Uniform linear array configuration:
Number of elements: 8
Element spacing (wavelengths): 0.25
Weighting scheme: kaiser
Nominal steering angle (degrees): -60
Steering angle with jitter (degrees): -58.601
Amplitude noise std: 0.05
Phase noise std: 0.05

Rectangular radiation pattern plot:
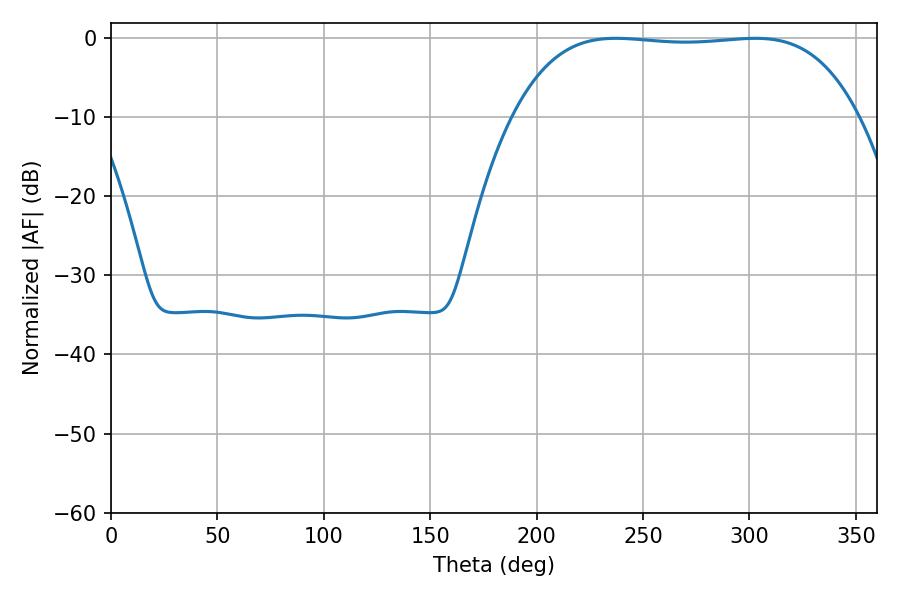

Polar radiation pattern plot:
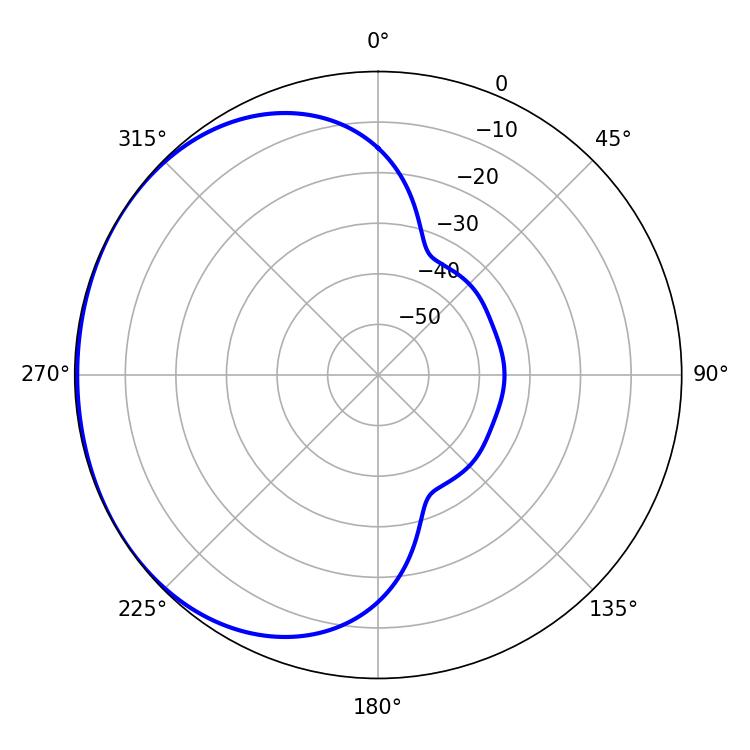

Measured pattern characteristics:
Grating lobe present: FALSE
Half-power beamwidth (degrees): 126.72
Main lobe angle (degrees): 302.76